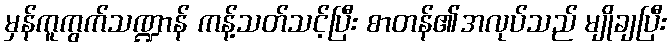
မှန်ကူကွက်သဏ္ဍာန် ကန့်သတ်သင့်ပြီး စာတန်၏အလုပ်သည် မျိုချပြီး